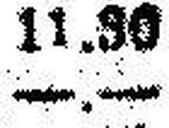
—.—